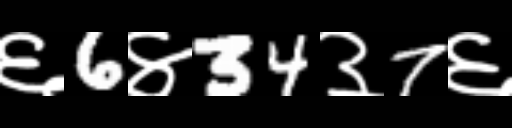
Text: ६6४34३7६